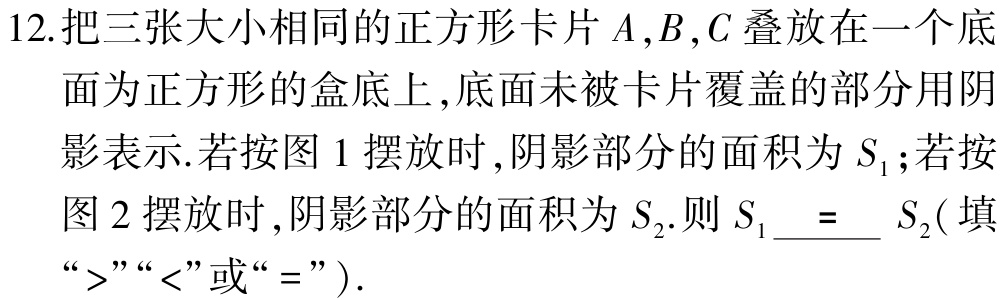
12.把三张大小相同的正方形卡片\(A,B,C\)叠放在一个底面为正方形的盒底上,底面未被卡片覆盖的部分用阴影表示.若按图 1 摆放时,阴影部分的面积为\(S_{1}\);若按图 2 摆放时,阴影部分的面积为\(S_{2}\).则\(S_{1}\)____\(S_{2}\)(填“\(>\)”“\(<\)”或“\(=\)” ).